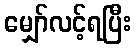
မျှော်လင့်ရပြီး